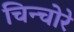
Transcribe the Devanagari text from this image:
चिन्चोरे